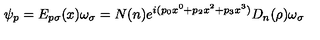
\psi _ { p } = E _ { p \sigma } ( x ) \omega _ { \sigma } = N ( n ) e ^ { i ( p _ { 0 } x ^ { 0 } + p _ { 2 } x ^ { 2 } + p _ { 3 } x ^ { 3 } ) } D _ { n } ( \rho ) \omega _ { \sigma }